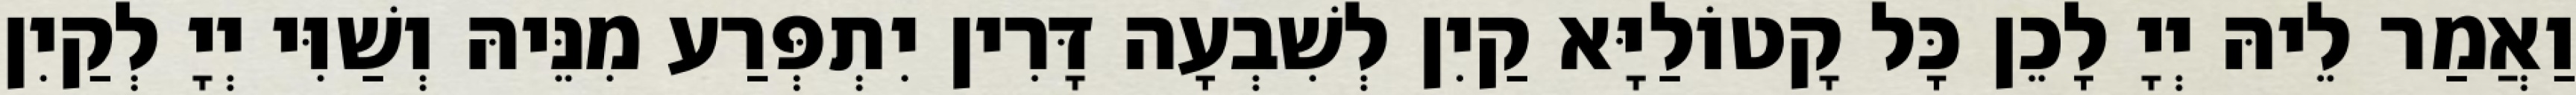
וַאֲמַר לֵיהּ יְיָ לָכֵן כָּל קָטוֹלַיָּא קַיִן לְשִׁבְעָה דָּרִין יִתְפְּרַע מִנֵּיהּ וְשַׁוִּי יְיָ לְקַיִן